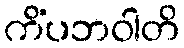
ကိံပဘဝါတိ